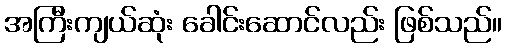
အကြီးကျယ်ဆုံး ခေါင်းဆောင်လည်း ဖြစ်သည်။